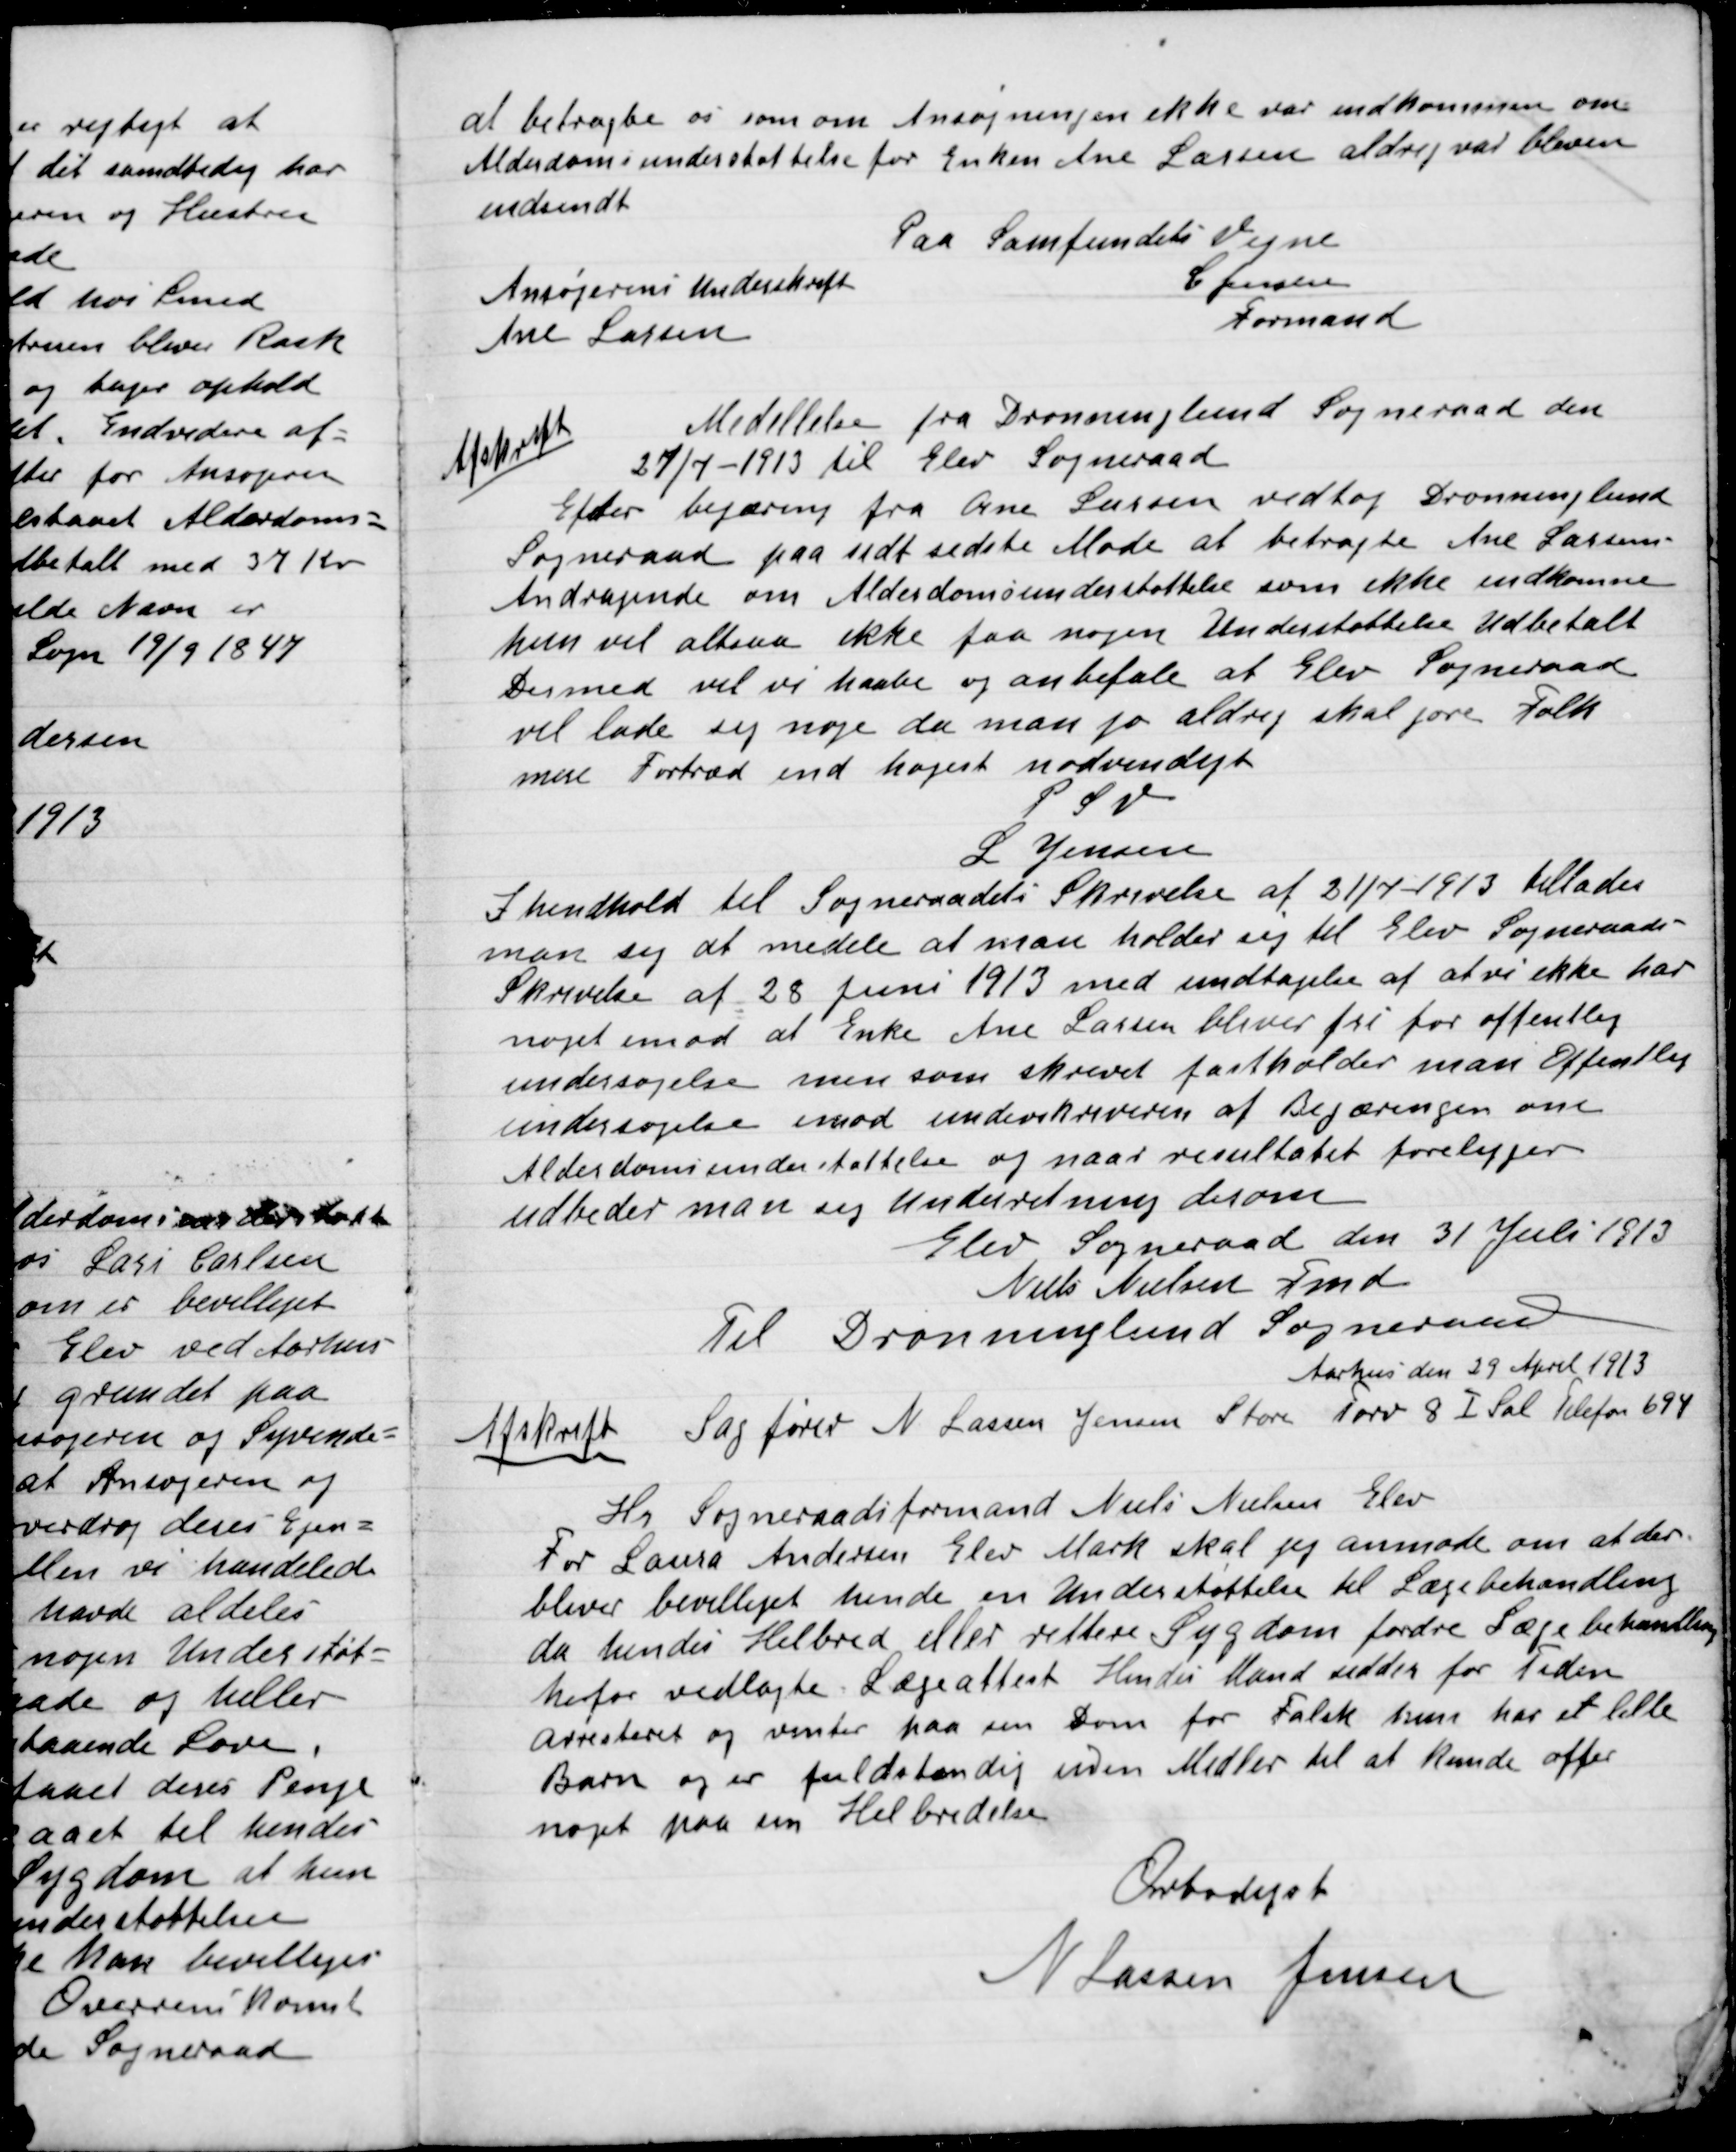
Transskription:
at betragte os som om Ansøgningen ikke var indkommen om
Alderdoms understøttelse for Enken Ane Larsen aldrig var bleven
indsendt.
Paa Samfundets Vegne
Ansøgerens Underskrift
Ane Larsen
C. Jensen
Formand

Afskrift
Meddelelse fra Dronninglund Sogneraad den
27/7–1913 til Elev Sogneraad
Efter begæring fra Ane Larsen vedtog Dronninglund
Sogneraad paa sit sidste Møde at betragte Ane Larsens
Andragende om Alderdomsunderstøttelse som ikke indkommen.
Hun vil altsaa ikke faa nogen Understøttelse  Udbetalt.
Dermed vil vi haabe og anbefale at Elev Sognerad
vil lade sig nøje da man jo aldrig skal gøre Folk
mere Fortræd end højest nødvendigt
P.S.V.
L. Jensen

I henhold til Sogneraadets Skrivelse af 21/7 – 1913 tillader
man sig at meddele at holder sig til Elev Sogneraads
Skrivelse af 28 Juni 1913 med undtagelse af at vi ikke har
noget imod at Enke Ane Larsen bliver fri for offentlig
undersøgelse men som skrevet fastholder man Offentlig
undersøgelse imod underskreven af Begæringen om
Alderdomsunderstøttelse og naar resultatet foreligger
Udbeder man sig Underretning derom.
Elev Sogneraad den 31 Juli 1913
L. Jensen
Nils Nielsen Fmd.
Til Dronninglund Sogneraad
Aarhus den 29 April 1913

Afskrift
Sagfører N. Larsen Jensen Store Torv 8 I Sal Telefon 694
Hr. Sogneraadsformand Niels Nielsen Elev
For Laura Andersen Elev Mark skal jeg anmode om at der
bliver bevilliget hende en Understøttelse til Lægebehandling
da hendes Helbred eller rettere Sygdom fordre Lægebehandling
herfor vedlagte Lægeattest. Hendes Mand sidder for Tiden
arresteret og venter paa en dom for Falsk. hun har et lille
Barn og er fuldstændig uden Midler til at kunde offer
noget paa sin Helbredelse.
Ærbødist
N. Larsen Jensen